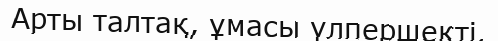
Арты талтақ, ұмасы үлпершекті.